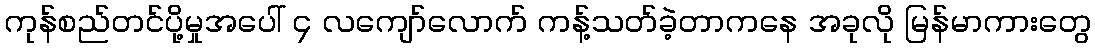
ကုန်စည်တင်ပို့မှုအပေါ် ၄ လကျော်လောက် ကန့်သတ်ခဲ့တာကနေ အခုလို မြန်မာကားတွေ